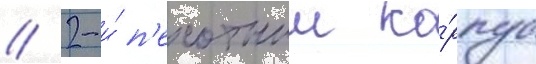
// 2-и́ п'ехотныи ко́рпус